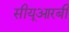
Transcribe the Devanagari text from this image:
सीयूआरबी